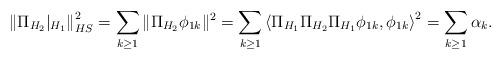
LaTeX: \begin{align*}\left\|\Pi_{H_2}|_{H_1}\right\|^2_{HS}&=\sum_{k\geq 1}\|\Pi_{H_2}\phi_{1k}\|^2=\sum_{k\geq 1}\left\langle \Pi_{H_1}\Pi_{H_2}\Pi_{H_1}\phi_{1k},\phi_{1k}\right\rangle^2=\sum_{k\geq 1}\alpha_k.\end{align*}